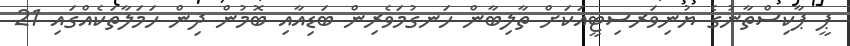
ޕީ ޕާކިސްތާނުގެ ޔުނިވަރސިޓީއަކަށް ތާލިބާން ހަނގުމަވެރިން ބަޑިއާއި ބޮމުން ދިން ހަމަލާތަކެއްގައި 21